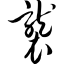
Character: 袭